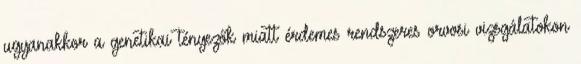
ugyanakkor a genetikai tényezők miatt érdemes rendszeres orvosi vizsgálatokon